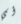
أي